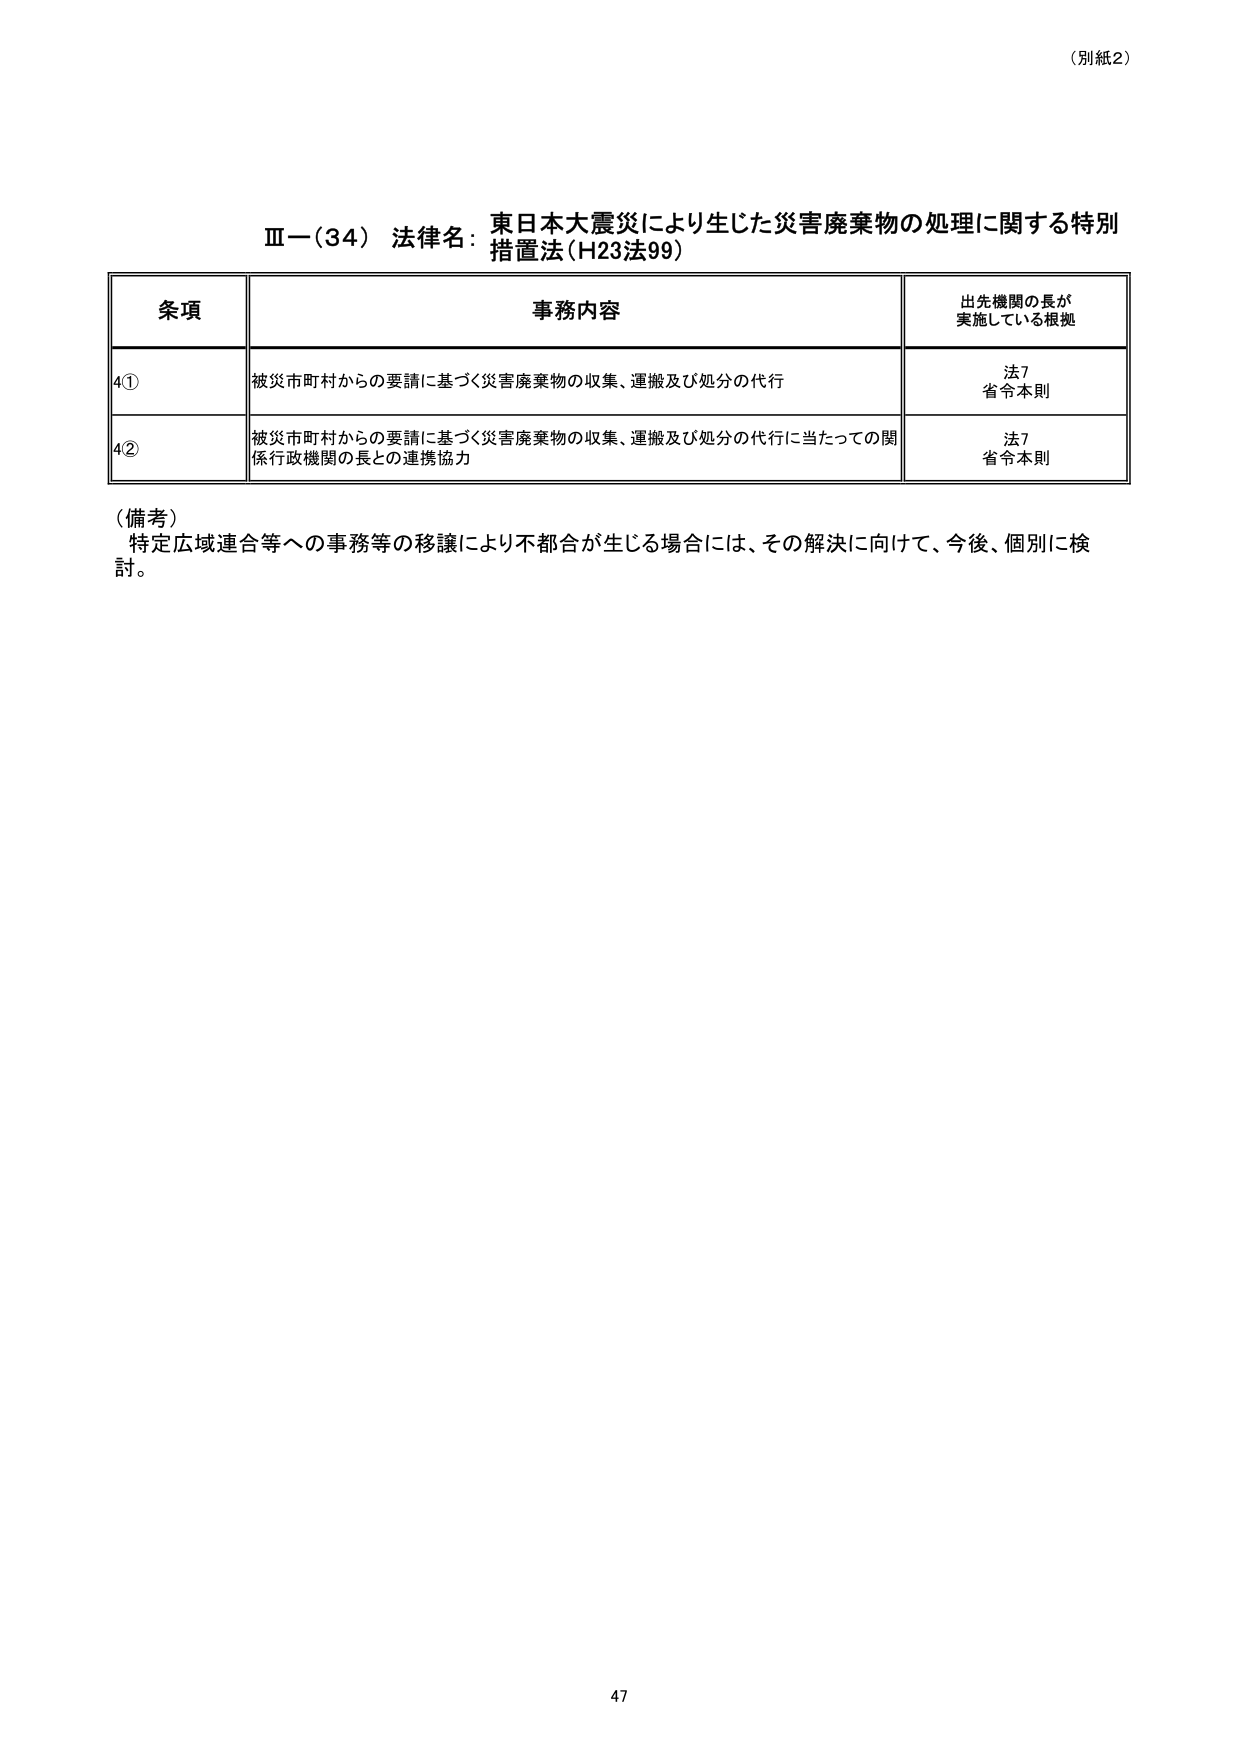
（別紙2）

Ⅲ－（34） 法律名：東日本大震災により生じた災害廃棄物の処理に関する特別措置法（H23法99）

条項 事務内容 出先機関の長が実施している根拠
4① 被災市町村からの要請に基づく災害廃棄物の収集、運搬及び処分の代行 法7 省令本則
4② 被災市町村からの要請に基づく災害廃棄物の収集、運搬及び処分の代行に当たっての関係行政機関の長との連携協力 法7 省令本則

（備考）
特定広域連合等への事務等の移譲により不都合が生じる場合には、その解決に向けて、今後、個別に検討。

47